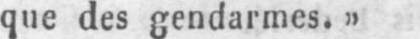
que des gendarmes.»